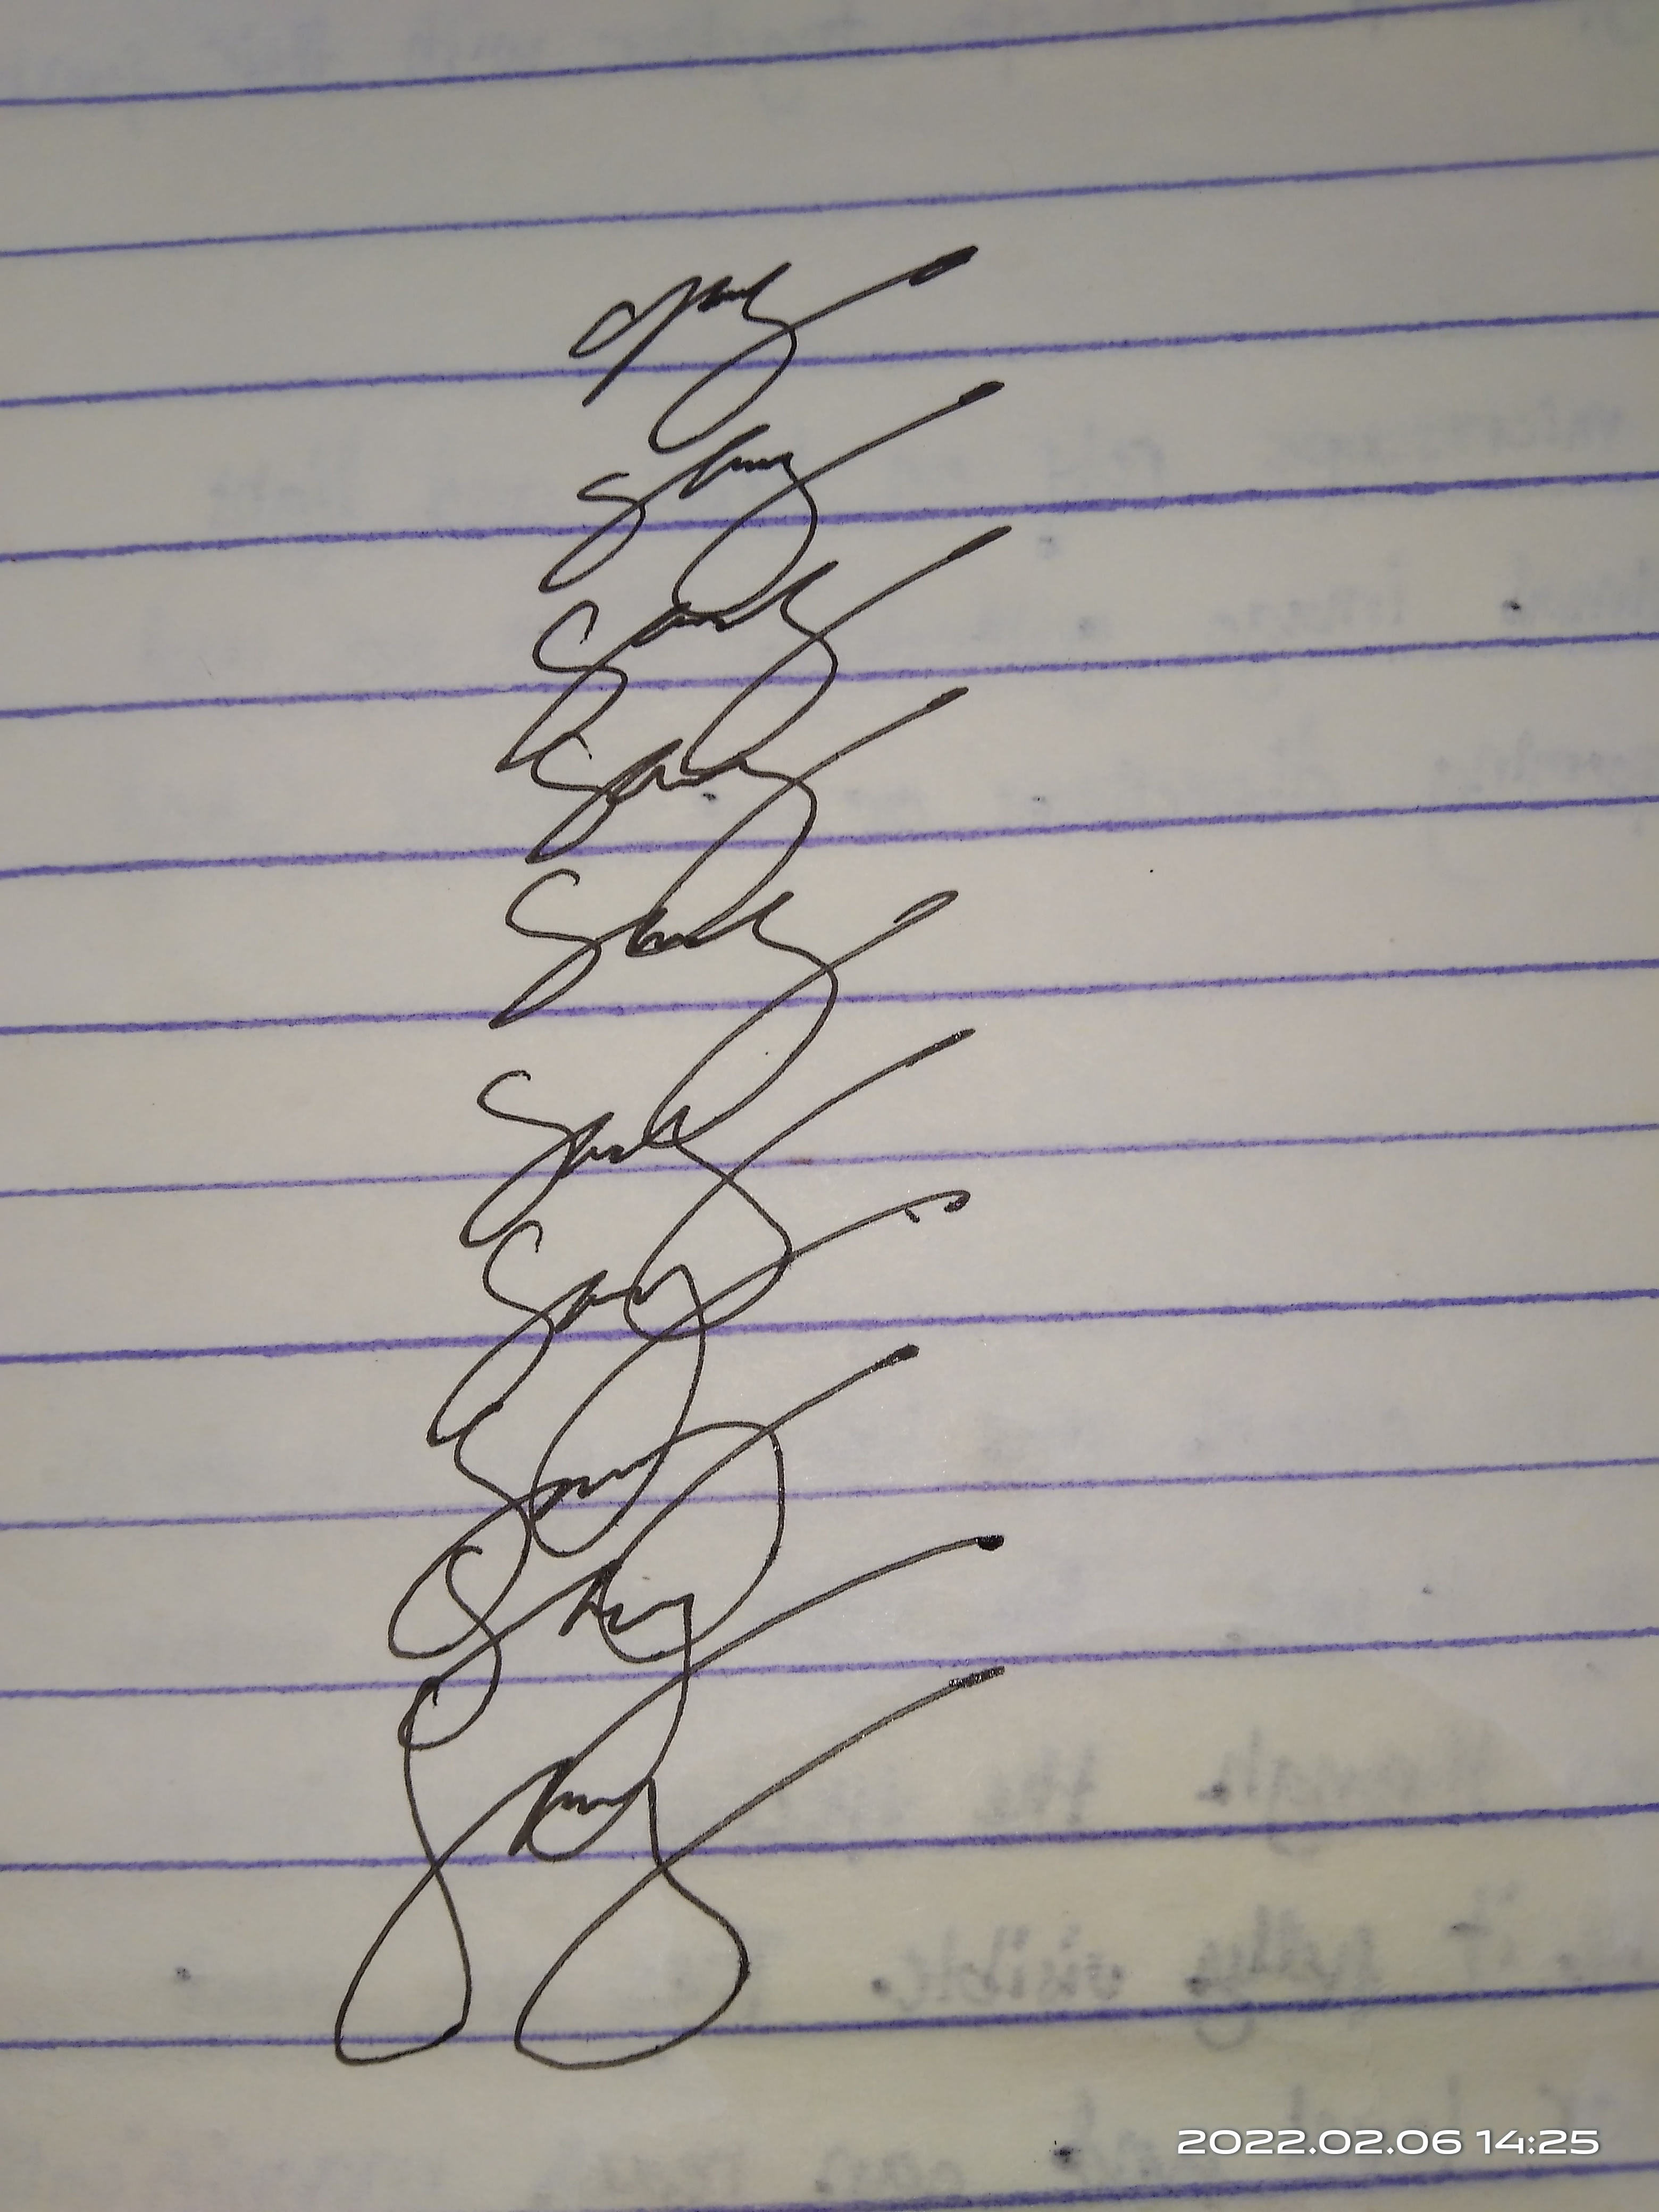
Signature authenticity: genuine